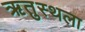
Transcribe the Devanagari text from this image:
ऋतुस्थला